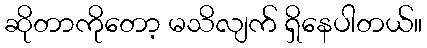
ဆိုတာကိုတော့ မသိလျက် ရှိနေပါတယ်။